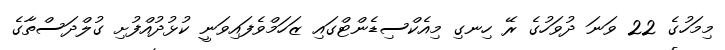
މިމަހުގެ 22 ވަނަ ދުވަހުގެ ރޭ ހިނގި މިއެކްސިޑެންޓްގައި ޒަހަމްވެފައިވަނީ ކުޅުދުއްފުށި ގުލްދަސްތާގެ